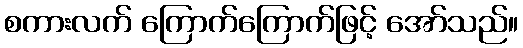
စကားလက် ကြောက်ကြောက်ဖြင့် အော်သည်။